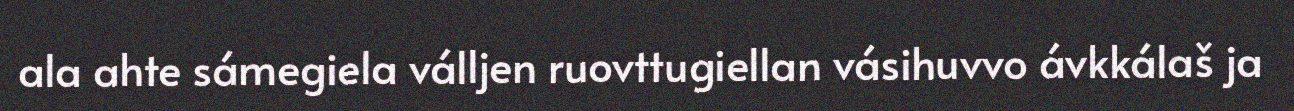
ala ahte sámegiela válljen ruovttugiellan vásihuvvo ávkkálaš ja